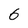
Character: 6